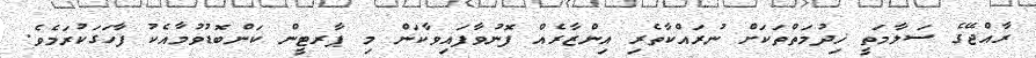
ރާއްޖޭގެ ސަލާމަތީ ޚިދުމަތްތަކަށް ނުރައްކާތެރި އިންޒާރެއް ފޮނުވާފައިވާކަން މި ޕާރޓީން ކަންބޮޑުވުމާއެކު ފާހަގަކުރަމެވެ.